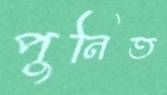
পুনিত